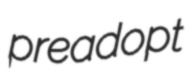
preadopt